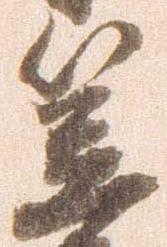
笠